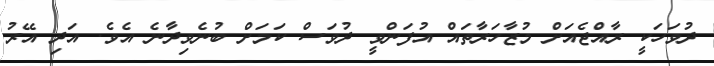
ދުވަހަކީ ރާއްޖެއަށް މުޒާހަރާތައް އުފަންވީ ދުވަސް ކަމަށް ބުނެވިދާނެ އެވެ. އަދި އޭރު